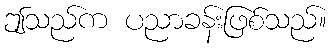
ဤသည်က ပညာခန်းဖြစ်သည်။